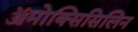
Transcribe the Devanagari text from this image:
ॲमोक्सिसिलिन